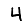
Digit: 4